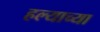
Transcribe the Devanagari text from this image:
हल्याच्या